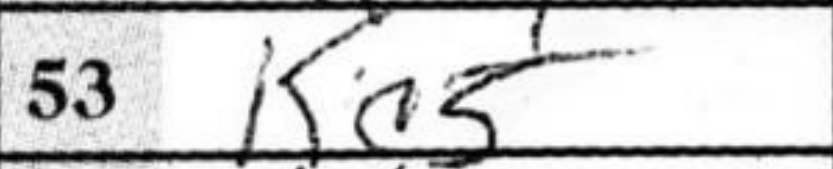
Transcription: Kc5